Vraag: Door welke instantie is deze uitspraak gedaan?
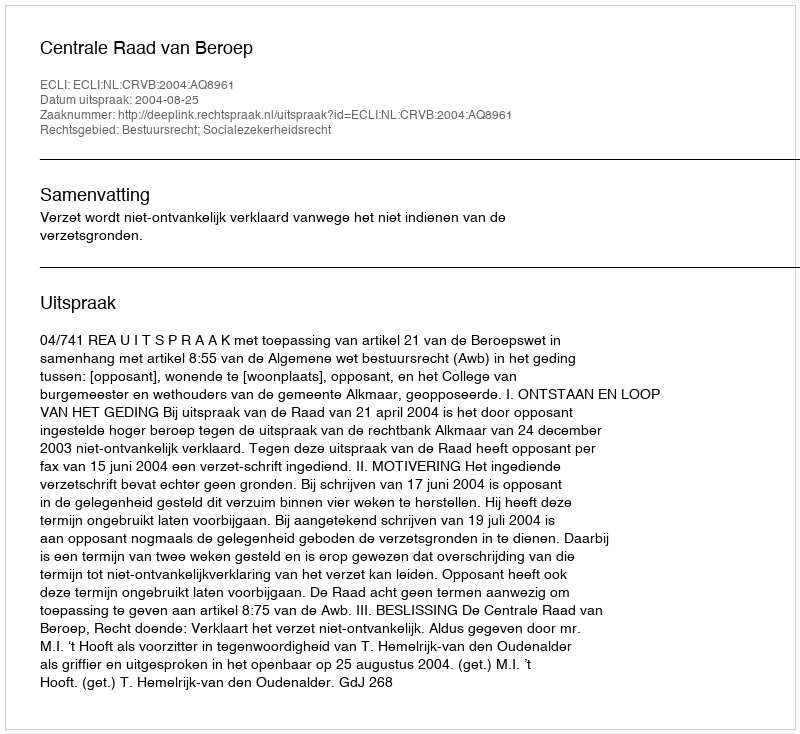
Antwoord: Centrale Raad van Beroep